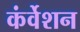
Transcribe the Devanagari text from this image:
कंर्वेशन